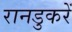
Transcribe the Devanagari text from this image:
रानडुकरें